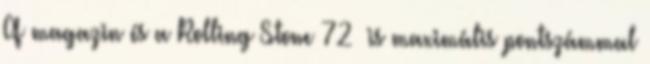
Q magazin és a Rolling Stone 72 is maximális pontszámmal